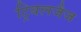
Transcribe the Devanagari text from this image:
ट्रिबलजैज